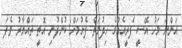
އަންނަ މަހު އޭސީ ފެރީއެއްގެ ހިދުމަތް ފެށުމަށް ކުންފުނި އޮތީ ތައްޔާރު ވެފަ